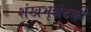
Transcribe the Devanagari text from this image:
शंखभृन्नंदकी